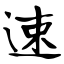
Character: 速